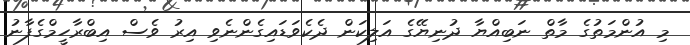
މި އުންމަތުގެ މާތް ނަބިއްޔާ ދުނިޔޭގެ އަލިކަން ދެކެވަޑައިގެންނެވި އިރު ވެސް އިބްރާހީމްގެފާނު